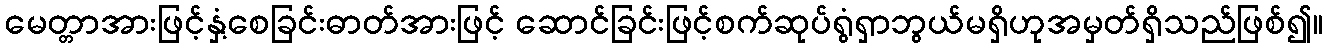
မေတ္တာအားဖြင့်နှံ့စေခြင်းဓာတ်အားဖြင့် ဆောင်ခြင်းဖြင့်စက်ဆုပ်ရွံရှာဘွယ်မရှိဟုအမှတ်ရှိသည်ဖြစ်၍။